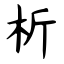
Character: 析